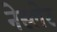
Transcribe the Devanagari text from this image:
नेस्लेर